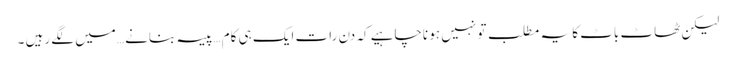
لیکن ٹھاٹ باٹ کا یہ مطلب تو نہیں ہو ناچاہیے کہ دن رات ایک ہی کام …پیسہ بنانے …میں لگے رہیں ۔